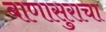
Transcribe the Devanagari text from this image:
बाणासुराचा